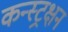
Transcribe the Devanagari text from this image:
कन्स्ट्रक्षन